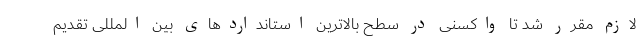
لازم مقرر شد تا واکسنی در سطح بالاترین استانداردهای بین المللی تقدیم